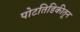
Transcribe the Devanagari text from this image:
पोटतिडिकीतून